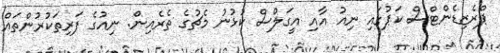
ޕްރެޒިޑެންޓްސް ކަޕުގައި ނިއު އާއި އީގަލްސް ކުޅުނު މެޗުގެ ތެރެއިން. ނިއުގެ ފަރިތަކުރުންތައް